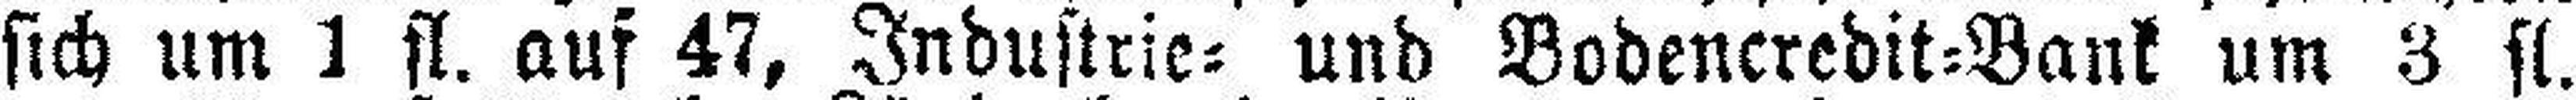
sich um 1 fl. auf 47, Industrie= und Bodencredit=Bank um 3 fl.